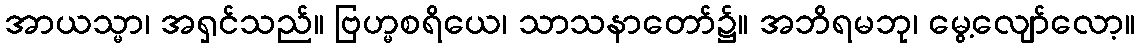
အာယသ္မာ၊ အရှင်သည်။ ဗြဟ္မစရိယေ၊ သာသနာတော်၌။ အဘိရမဘု၊ မွေ့လျော်လော့။